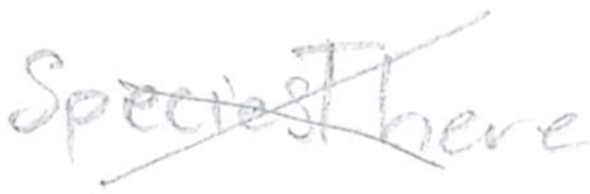
Text: SpeciesThere
Cross-out: mix
Writing tool: pencil